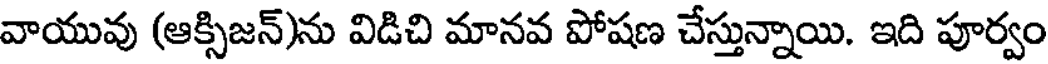
వాయువు (ఆక్సిజన్)ను విడిచి మానవ పోషణ చేస్తున్నాయి. ఇది పూర్వం